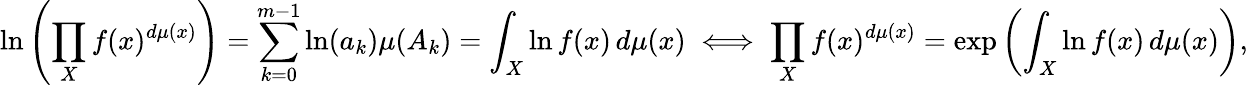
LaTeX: \ln\left(\prod_{X}f(x)^{d\mu(x)}\right)=\sum_{k=0}^{m-1}\ln(a_{k})\mu(A_{k})=\int_{X}\ln f(x)\, d\mu(x)\iff\prod_{X}f(x)^{d\mu(x)}=\exp\left(\int_{X}\ln f(x)\, d\mu(x)\right),